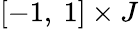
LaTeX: [-1,\ 1]\times J